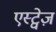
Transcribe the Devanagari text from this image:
एस्ट्वेज़